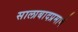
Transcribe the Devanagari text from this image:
सालाबादप्रमाणे